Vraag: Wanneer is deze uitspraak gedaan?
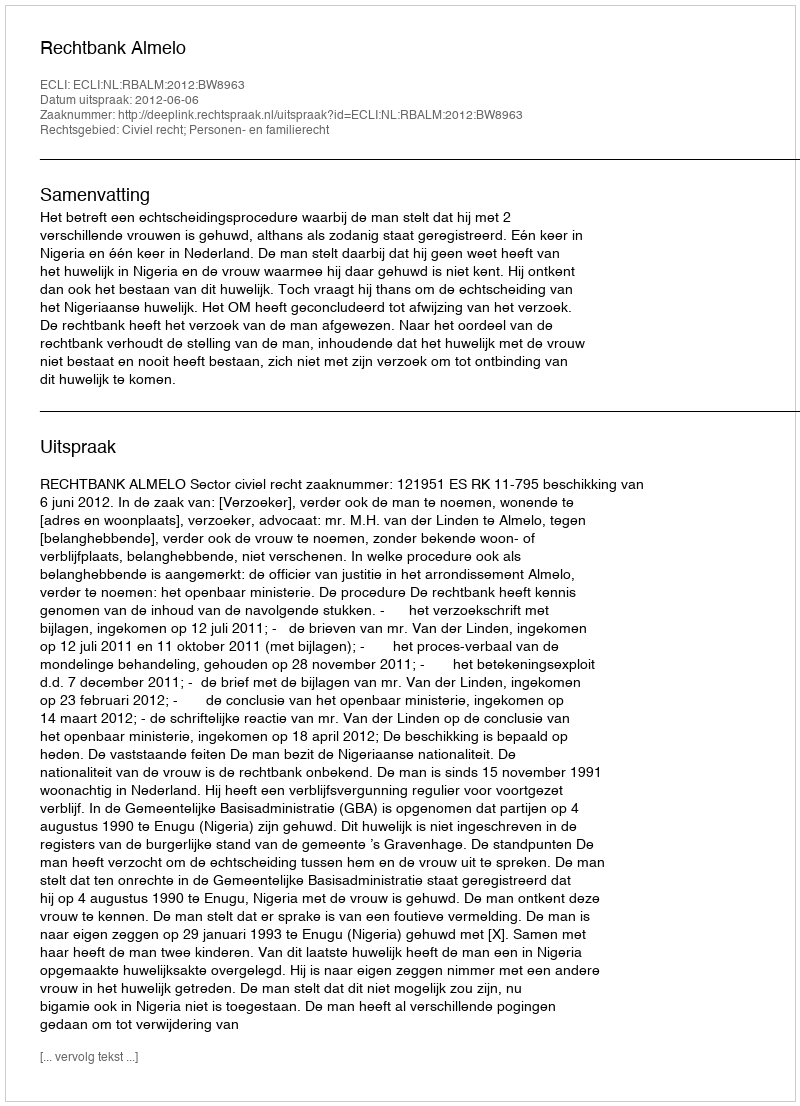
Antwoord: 2012-06-06